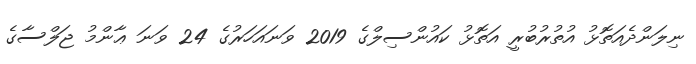
ނިލަންދެއަތޮޅު އުތުރުބުރީ އަތޮޅު ކައުންސިލްގެ 2019 ވަނައަހަރުގެ 24 ވަނަ ޢާންމު ޖަލްސާގެ